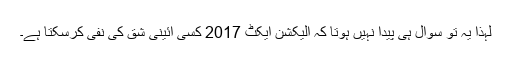
لہٰذا یہ تو سوال ہی پیدا نہیں ہوتا کہ الیکشن ایکٹ 2017 کسی آئینی شق کی نفی کرسکتا ہے۔